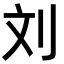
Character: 刘